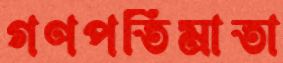
গণপতিমাতা